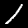
Label: 1